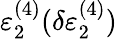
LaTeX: \varepsilon_{2}^{(4)}(\delta\varepsilon_{2}^{(4)})